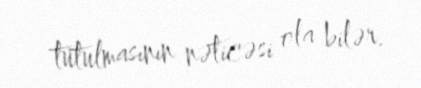
tutulmasının nəticəsi ola bilər.